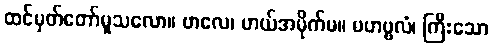
ထင်မှတ်တော်မူသလော။ ဗာလေ၊ ဟယ်အမိုက်မ။ မဟဗ္ဗလံ၊ ကြီးသော